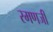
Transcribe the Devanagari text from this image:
रमणजी